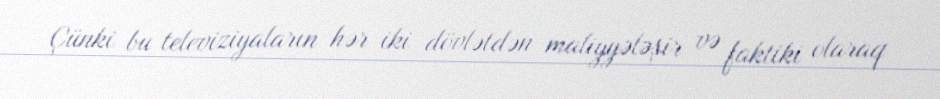
Çünki bu televiziyaların hər iki dövlətdən maliyyələşir və faktiki olaraq